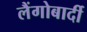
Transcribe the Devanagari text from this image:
लैंगोबार्दी